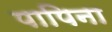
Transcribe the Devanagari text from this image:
पापिना